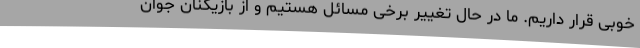
خوبی قرار داریم. ما در حال تغییر برخی مسائل هستیم و از بازیکنان جوان